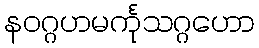
နဝဂ္ဂဟမင်္ကုသဂ္ဂဟော